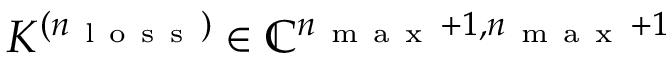
K ^ { ( n _ { \mathrm { ~ l ~ o ~ s ~ s ~ } } ) } \in \mathbb { C } ^ { n _ { \mathrm { ~ m ~ a ~ x ~ } } + 1 , n _ { \mathrm { ~ m ~ a ~ x ~ } } + 1 }